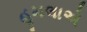
હૂમલાએ